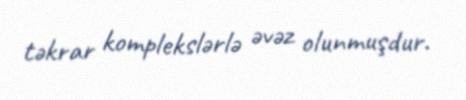
təkrar komplekslərlə əvəz olunmuşdur.